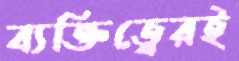
ব্যক্তিত্বেরই